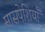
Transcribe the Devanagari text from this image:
मासपेशियाँ